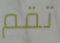
تقم